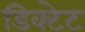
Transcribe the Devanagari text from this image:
डिक्टेट